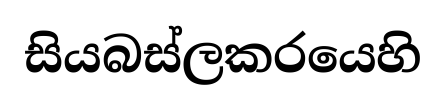
සියබස්ලකරයෙහි